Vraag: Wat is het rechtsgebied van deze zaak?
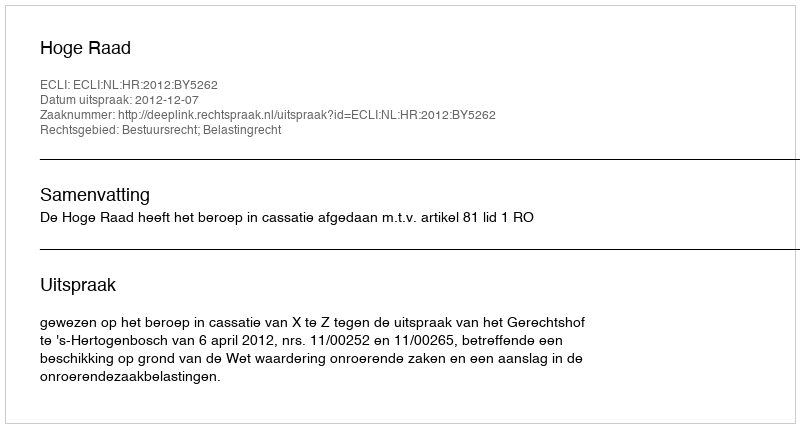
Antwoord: Bestuursrecht; Belastingrecht